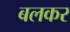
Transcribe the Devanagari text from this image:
बलकर